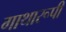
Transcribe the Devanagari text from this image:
गाथारूपी